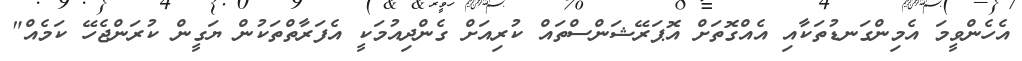
އެހެންވީމަ އެމިންގަނޑުތަކާއި އެއްގޮތަށް އޮޕަރޭޝަންސްތައް ކުރިއަށް ގެންދިއުމަކީ އެފަރާތްތަކުން ޔަގީން ކުރަންޖެހޭ ކަމެއް"